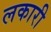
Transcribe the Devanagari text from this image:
लकारी